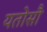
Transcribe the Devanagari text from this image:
यतोसौ